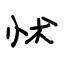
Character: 怵